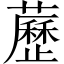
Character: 藶